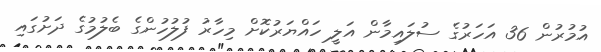
އުމުރުން 36 އަހަރުގެ ސުލައިމާން އަލީ ހައްޔަރުކޮށް މިހާރު ފުލުހުންގެ ބެލުމުގެ ދަށުގައި